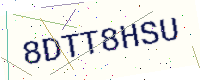
Text: 8DTT8HSU